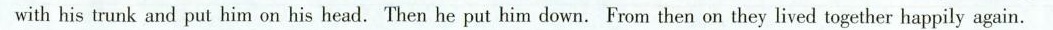
with his trunk and put him on his head. Then he put him down. From then on they lived together happily again.